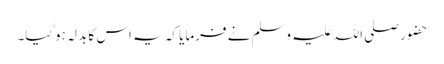
حضور صلی اللہ علیہ وسلم نے فرمایا کہ یہ اس کا بدلہ ہوگیا۔